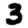
Digit: 3